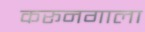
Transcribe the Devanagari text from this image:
करूनगाला